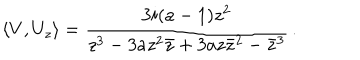
\langle V , U _ { z } \rangle = \frac { 3 i ( a - 1 ) z ^ { 2 } } { z ^ { 3 } - 3 a z ^ { 2 } { \bar { z } } + 3 a z { \bar { z } } ^ { 2 } - { \bar { z } } ^ { 3 } } \, .